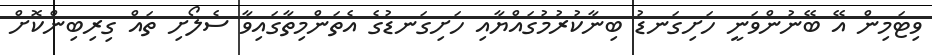
ވިޓަމިން އޭ ބޭނުންވަނީ ހަށިގަނޑު ބިނާކުރުމުގައްޔާއި ހަށިގަނޑުގެ އެތަންމިތާގައިވާ ސެލޯށި ތައް ގިރިބިންކޮށް